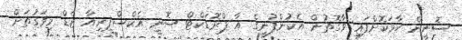
ސޮނީން ހާމަކޮށްފައި ވާގޮތުން އެކުންފުނީގެ އާ ޕްރޮޑަކްޓް ސޮނީ އެކްސްޕީރިއާ ޒެޑް މިވަގުތަށް